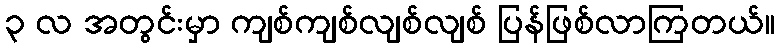
၃ လ အတွင်းမှာ ကျစ်ကျစ်လျစ်လျစ် ပြန်ဖြစ်လာကြတယ်။